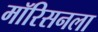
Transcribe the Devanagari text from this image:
मॉरिसनला